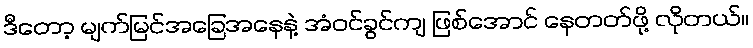
ဒီတော့ မျက်မြင်အခြေအနေနဲ့ အံဝင်ခွင်ကျ ဖြစ်အောင် နေတတ်ဖို့ လိုတယ်။